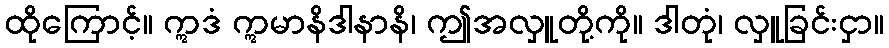
ထိုကြောင့်။ ဣဒံ ဣမာနိဒါနာနိ၊ ဤအလှူတို့ကို။ ဒါတုံ၊ လှူခြင်းငှာ။